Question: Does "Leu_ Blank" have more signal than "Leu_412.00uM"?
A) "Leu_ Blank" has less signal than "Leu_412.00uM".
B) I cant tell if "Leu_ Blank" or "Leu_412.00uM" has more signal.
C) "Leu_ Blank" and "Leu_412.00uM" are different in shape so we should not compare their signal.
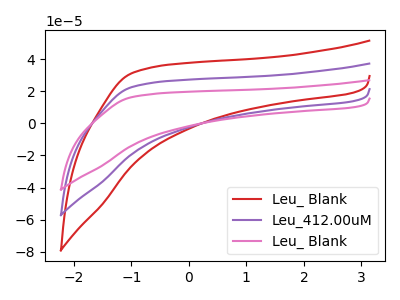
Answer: <think>The red curve "Leu_ Blank" has no peaks. The purple curve "Leu_412.00uM" has no peaks. The pink curve "Leu_ Blank" has no peaks.
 Neither "Leu_ Blank" or "Leu_412.00uM" have any peaks.</think>
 <answer>B) I cant tell if "Leu_ Blank" or "Leu_412.00uM" has more signal.</answer>
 <eval>B</eval>